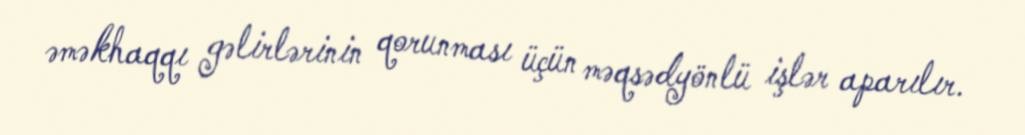
əməkhaqqı gəlirlərinin qorunması üçün məqsədyönlü işlər aparılır.